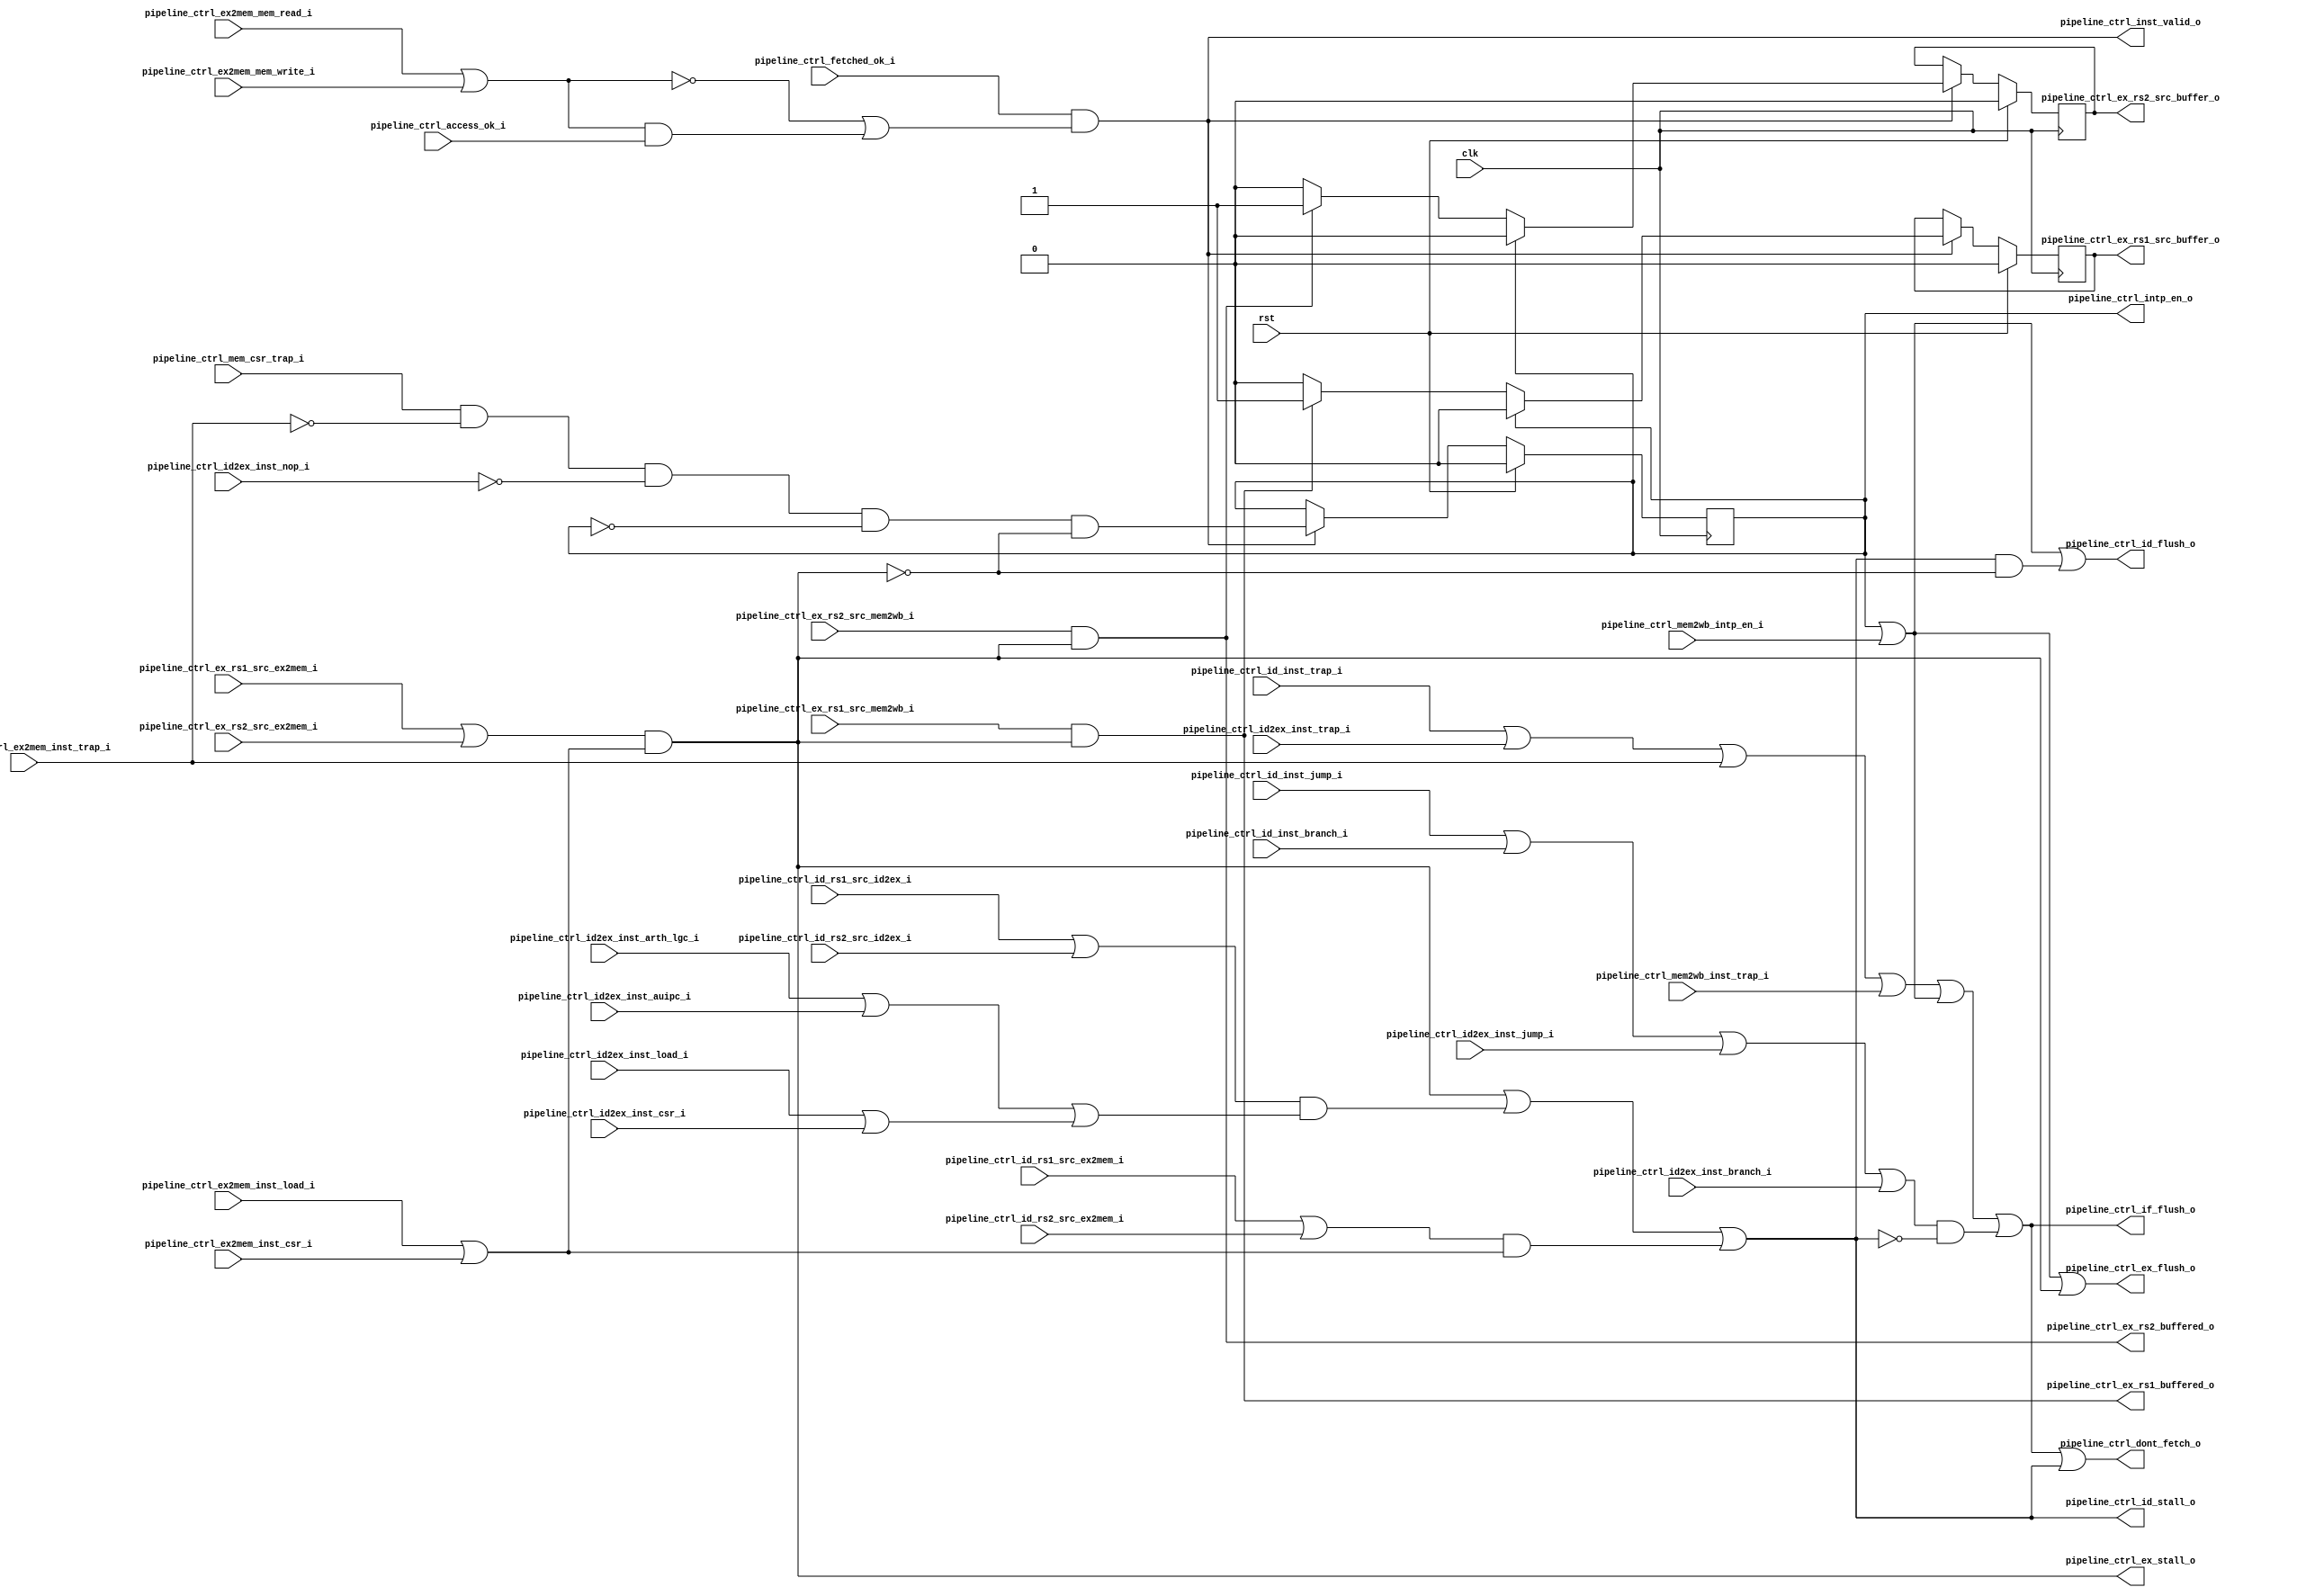
module pipeline_ctrl(
    input                       clk,
    input                       rst,

    input                       pipeline_ctrl_fetched_ok_i,

    input                       pipeline_ctrl_id_inst_branch_i,
    input                       pipeline_ctrl_id_inst_jump_i,
    input                       pipeline_ctrl_id_inst_trap_i,
    input                       pipeline_ctrl_id_rs1_src_id2ex_i,
    input                       pipeline_ctrl_id_rs1_src_ex2mem_i,
    input                       pipeline_ctrl_id_rs2_src_id2ex_i,
    input                       pipeline_ctrl_id_rs2_src_ex2mem_i,

    input                       pipeline_ctrl_id2ex_inst_nop_i,
    input                       pipeline_ctrl_id2ex_inst_branch_i,
    input                       pipeline_ctrl_id2ex_inst_jump_i,
    input                       pipeline_ctrl_id2ex_inst_trap_i,
    input                       pipeline_ctrl_id2ex_inst_load_i,
    input                       pipeline_ctrl_id2ex_inst_csr_i,
    input                       pipeline_ctrl_id2ex_inst_arth_lgc_i,
    input                       pipeline_ctrl_id2ex_inst_auipc_i,
    input                       pipeline_ctrl_ex_rs1_src_ex2mem_i,
    input                       pipeline_ctrl_ex_rs2_src_ex2mem_i,
    input                       pipeline_ctrl_ex_rs1_src_mem2wb_i,
    input                       pipeline_ctrl_ex_rs2_src_mem2wb_i,

    input                       pipeline_ctrl_access_ok_i,
    input                       pipeline_ctrl_mem_csr_trap_i,
    input                       pipeline_ctrl_ex2mem_inst_trap_i,
    input                       pipeline_ctrl_ex2mem_inst_load_i,
    input                       pipeline_ctrl_ex2mem_mem_read_i,
    input                       pipeline_ctrl_ex2mem_mem_write_i,
    input                       pipeline_ctrl_ex2mem_inst_csr_i,

    input                       pipeline_ctrl_mem2wb_inst_trap_i,
    input                       pipeline_ctrl_mem2wb_intp_en_i,


    output                      pipeline_ctrl_inst_valid_o,

    output                      pipeline_ctrl_dont_fetch_o,
    output                      pipeline_ctrl_if_flush_o,
    output                      pipeline_ctrl_id_stall_o,
    output                      pipeline_ctrl_id_flush_o,
    output                      pipeline_ctrl_ex_stall_o,
    output                      pipeline_ctrl_ex_flush_o,
    
    output                      pipeline_ctrl_ex_rs1_src_buffer_o,
    output                      pipeline_ctrl_ex_rs2_src_buffer_o,
    output                      pipeline_ctrl_ex_rs1_buffered_o,
    output                      pipeline_ctrl_ex_rs2_buffered_o,  
    output                      pipeline_ctrl_intp_en_o 
);
    wire                        mem_access;
    wire                        id_rsx_src_id2ex;
    wire                        id_rsx_src_ex2mem;
    wire                        ex_rsx_src_ex2mem;
    wire                        id2ex_load_csr;
    wire                        ex2mem_load_csr;
    wire                        intp_en;
    wire                        if_trap_flush;
    wire                        if_jumpbranch_flush;
    reg                         ex_rs1_src_buffered_r;
    reg                         ex_rs2_src_buffered_r;
    reg                         intp_en_r;

    assign mem_access                               =   pipeline_ctrl_ex2mem_mem_read_i | pipeline_ctrl_ex2mem_mem_write_i;
    assign id_rsx_src_id2ex                         =   pipeline_ctrl_id_rs1_src_id2ex_i | pipeline_ctrl_id_rs2_src_id2ex_i;
    assign id_rsx_src_ex2mem                        =   pipeline_ctrl_id_rs1_src_ex2mem_i | pipeline_ctrl_id_rs2_src_ex2mem_i;
    assign ex_rsx_src_ex2mem                        =   pipeline_ctrl_ex_rs1_src_ex2mem_i | pipeline_ctrl_ex_rs2_src_ex2mem_i;
    assign id2ex_load_csr                           =   pipeline_ctrl_id2ex_inst_load_i | pipeline_ctrl_id2ex_inst_csr_i;
    assign ex2mem_load_csr                          =   pipeline_ctrl_ex2mem_inst_load_i | pipeline_ctrl_ex2mem_inst_csr_i;
    assign intp_en                                  =   pipeline_ctrl_intp_en_o | pipeline_ctrl_mem2wb_intp_en_i;
    assign if_trap_flush                            =   pipeline_ctrl_id_inst_trap_i | pipeline_ctrl_id2ex_inst_trap_i 
                                                        | pipeline_ctrl_ex2mem_inst_trap_i | pipeline_ctrl_mem2wb_inst_trap_i 
                                                        | intp_en;
    assign if_jumpbranch_flush                        =   pipeline_ctrl_id_inst_jump_i | pipeline_ctrl_id_inst_branch_i | pipeline_ctrl_id2ex_inst_jump_i
                                                        | pipeline_ctrl_id2ex_inst_branch_i;

    assign pipeline_ctrl_inst_valid_o               =   pipeline_ctrl_fetched_ok_i & ( ~mem_access | ( mem_access & pipeline_ctrl_access_ok_i ) );
    assign pipeline_ctrl_dont_fetch_o               =   pipeline_ctrl_if_flush_o  | pipeline_ctrl_id_stall_o;
    assign pipeline_ctrl_if_flush_o                 =   if_trap_flush | ( if_jumpbranch_flush & ~pipeline_ctrl_id_stall_o );
    assign pipeline_ctrl_id_stall_o                 =   pipeline_ctrl_ex_stall_o | ( id_rsx_src_id2ex & ( pipeline_ctrl_id2ex_inst_arth_lgc_i | pipeline_ctrl_id2ex_inst_auipc_i | id2ex_load_csr ) )
                                                        | ( id_rsx_src_ex2mem & ex2mem_load_csr );
    assign pipeline_ctrl_id_flush_o                 =   intp_en | ( pipeline_ctrl_id_stall_o & ~pipeline_ctrl_ex_stall_o );
    assign pipeline_ctrl_ex_stall_o                 =   ex_rsx_src_ex2mem & ex2mem_load_csr;
    assign pipeline_ctrl_ex_flush_o                 =   intp_en | pipeline_ctrl_ex_stall_o;
    assign pipeline_ctrl_ex_rs1_src_buffer_o        =   ex_rs1_src_buffered_r;
    assign pipeline_ctrl_ex_rs2_src_buffer_o        =   ex_rs2_src_buffered_r;           

    assign pipeline_ctrl_intp_en_o                  =   intp_en_r;

    assign pipeline_ctrl_ex_rs1_buffered_o          =   pipeline_ctrl_ex_rs1_src_mem2wb_i & pipeline_ctrl_ex_stall_o;
    assign pipeline_ctrl_ex_rs2_buffered_o          =   pipeline_ctrl_ex_rs2_src_mem2wb_i & pipeline_ctrl_ex_stall_o;

    always @( posedge clk ) begin
        if( rst ) begin
            intp_en_r <= 1'b0;
        end
        else if( pipeline_ctrl_inst_valid_o ) begin
            intp_en_r <= pipeline_ctrl_mem_csr_trap_i & ~pipeline_ctrl_ex2mem_inst_trap_i 
                        & ~pipeline_ctrl_id2ex_inst_nop_i & ~intp_en_r & ~pipeline_ctrl_ex_stall_o;
        end
        else begin
            intp_en_r <= intp_en_r;
        end
    end
    always @( posedge clk ) begin
        if( rst ) begin
            ex_rs1_src_buffered_r <= 1'b0;
        end
        else if( pipeline_ctrl_inst_valid_o ) begin
            if( pipeline_ctrl_intp_en_o ) begin
                ex_rs1_src_buffered_r <= 1'b0;
            end
            else if( pipeline_ctrl_ex_rs1_buffered_o ) begin
                ex_rs1_src_buffered_r <= 1'b1;
            end
            else if( ex_rs1_src_buffered_r ) begin
                ex_rs1_src_buffered_r <= 1'b0;
            end
            else begin
                ex_rs1_src_buffered_r <= ex_rs1_src_buffered_r;
            end
        end
        else begin
            ex_rs1_src_buffered_r <= ex_rs1_src_buffered_r;
        end
    end

    always @( posedge clk ) begin
        if( rst ) begin
            ex_rs2_src_buffered_r <= 1'b0;
        end
        else if( pipeline_ctrl_inst_valid_o ) begin
            if( pipeline_ctrl_intp_en_o ) begin
                ex_rs2_src_buffered_r <= 1'b0;
            end
            else if( pipeline_ctrl_ex_rs2_buffered_o ) begin
                ex_rs2_src_buffered_r <= 1'b1;
            end
            else if( ex_rs2_src_buffered_r ) begin
                ex_rs2_src_buffered_r <= 1'b0;
            end
            else begin
                ex_rs2_src_buffered_r <= ex_rs2_src_buffered_r;
            end
        end
        else begin
            ex_rs2_src_buffered_r <= ex_rs2_src_buffered_r;
        end
    end
endmodule